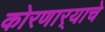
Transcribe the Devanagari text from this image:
कोरणार्‍याचे